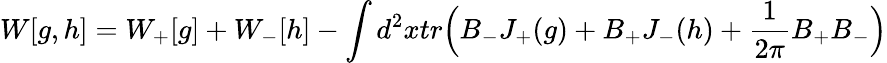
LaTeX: W[g,h]=W_{+}[g]+W_{-}[h]-\int d^{2}xtr\Big(B_{-}J_{+}(g)+B_{+}J_{-}(h)+\frac{1}{2\pi}B_{+}B_{-}\Big)